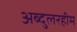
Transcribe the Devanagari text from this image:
अब्दुलरहीम